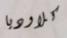
كلاوديا